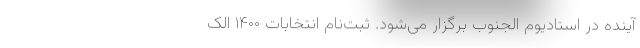
آینده در استادیوم الجنوب برگزار می‌شود. ثبت‌نام انتخابات ۱۴۰۰ الک